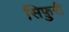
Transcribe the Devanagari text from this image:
सिफ़ुरी